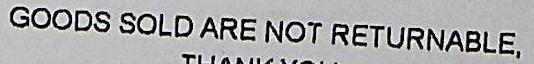
GOODS SOLD ARE NOT RETURNABLE,